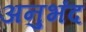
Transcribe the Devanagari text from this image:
अनुभंद